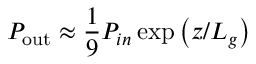
P _ { \mathrm { o u t } } \approx \frac { 1 } { 9 } P _ { i n } \exp { \left( z / L _ { g } \right) }